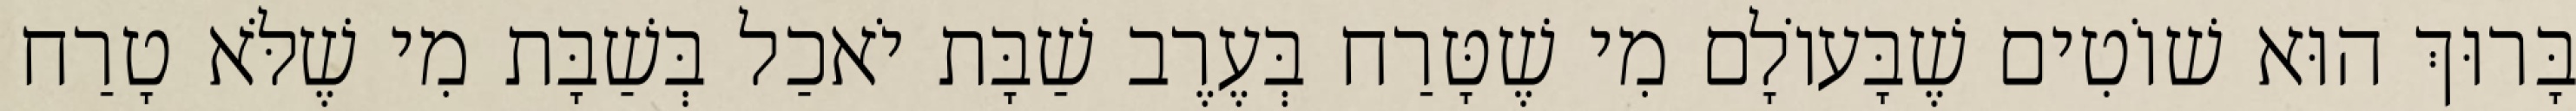
בָּרוּךְ הוּא שׁוֹטִים שֶׁבָּעוֹלָם מִי שֶׁטָּרַח בְּעֶרֶב שַׁבָּת יֹאכַל בְּשַׁבָּת מִי שֶׁלֹּא טָרַח